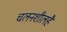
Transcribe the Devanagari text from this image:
चलनशीलहै